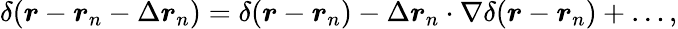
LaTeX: \delta(\boldsymbol{r}-\boldsymbol{r}_{n}-\Delta\boldsymbol{r}_{n})=\delta(\boldsymbol{r}-\boldsymbol{r}_{n})-\Delta\boldsymbol{r}_{n}\cdot\nabla\delta(\boldsymbol{r}-\boldsymbol{r}_{n})+\ldots,